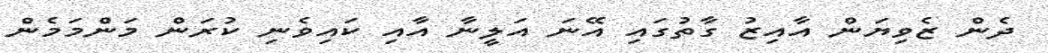
ދެން ޒެވިޔަން އާއިޒު ގާތުގައި އޭނަ އަލީނާ އާއި ކައިވެނި ކުރަން މަންމަމެން